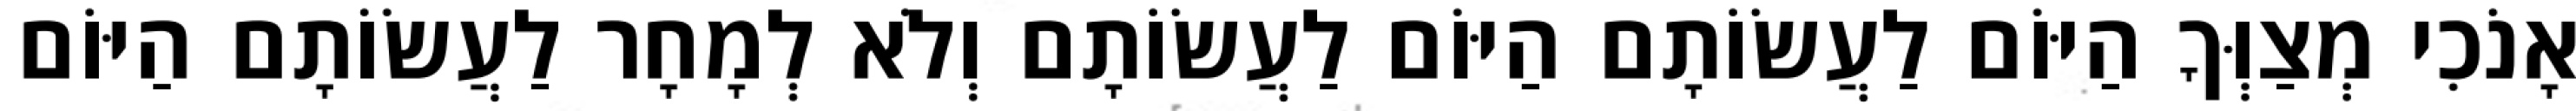
אָנֹכִי מְצַוְּךָ הַיּוֹם לַעֲשׂוֹתָם הַיּוֹם לַעֲשׂוֹתָם וְלֹא לְמָחָר לַעֲשׂוֹתָם הַיּוֹם